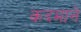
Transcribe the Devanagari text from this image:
कदमाने